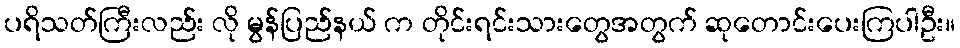
ပရိသတ်ကြီးလည်း လို မွန်ပြည်နယ် က တိုင်းရင်းသားတွေအတွက် ဆုတောင်းပေးကြပါဦး။